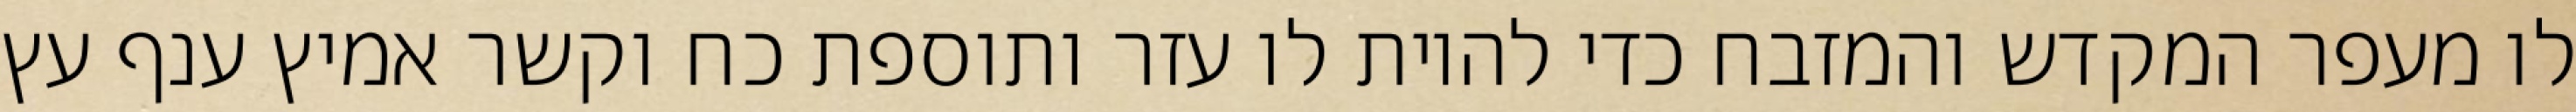
לו מעפר המקדש והמזבח כדי להיות לו עזר ותוספת כח וקשר אמיץ ענף עץ